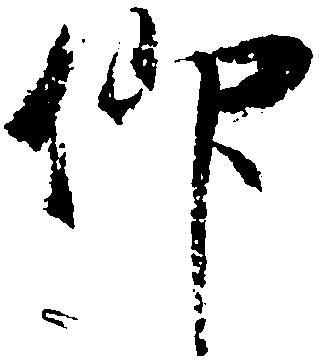
仰